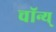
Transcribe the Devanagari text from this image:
चॉन्य्